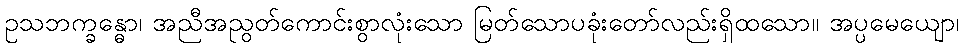
ဥသဘက္ခန္ဓော၊ အညီအညွတ်ကောင်းစွာလုံးသော မြတ်သောပခုံးတော်လည်းရှိထသော။ အပ္ပမေယျော၊